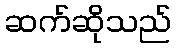
ဆက်ဆိုသည်